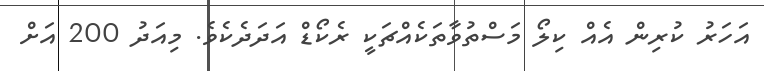
އަހަރު ކުރިން އެއް ކިލޯ މަސްތުވާތަކެއްޗަކީ ރެކޯޑް އަދަދެކެވެ. މިއަދު 200 އަށް